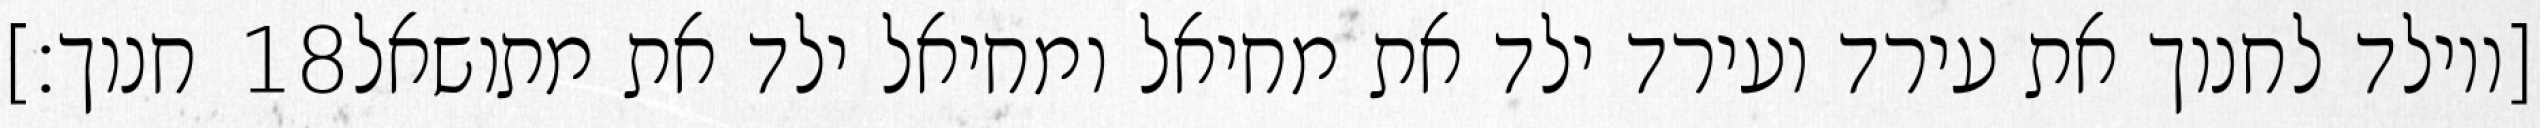
חנוך׃] ‎18‏ [ויולד לחנוך את עירד ועירד ילד את מחיאל ומחיאל ילד את מתושאל